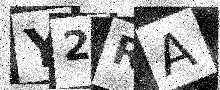
Text: Y2RA